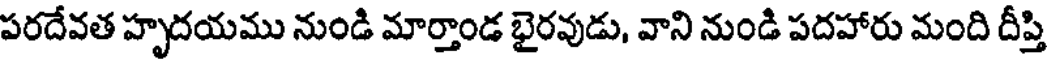
పరదేవత హృదయము నుండి మార్తాండ భైరవుడు, వాని నుండి పదహారు మంది దీప్తి